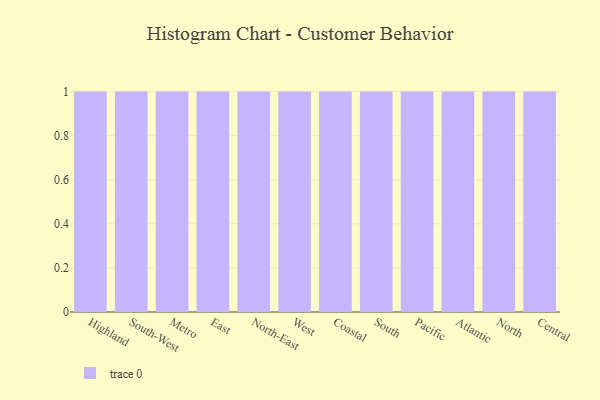
{"axis": {"x": "Region", "y": "Revenue (USD Million)"}, "legend": [""], "data": [{"x": "Highland", "y": 73, "type": ""}, {"x": "South-West", "y": 41, "type": ""}, {"x": "Metro", "y": 44, "type": ""}, {"x": "East", "y": 45, "type": ""}, {"x": "North-East", "y": 84, "type": ""}, {"x": "West", "y": 80, "type": ""}, {"x": "Coastal", "y": 78, "type": ""}, {"x": "South", "y": 11, "type": ""}, {"x": "Pacific", "y": 99, "type": ""}, {"x": "Atlantic", "y": 1, "type": ""}, {"x": "North", "y": 55, "type": ""}, {"x": "Central", "y": 55, "type": ""}]}